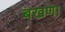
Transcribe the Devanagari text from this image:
बखणा